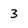
Character: 3